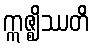
ဣဇ္ဈိဿတိ